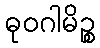
ဓုဝဂါမိဉ္စ